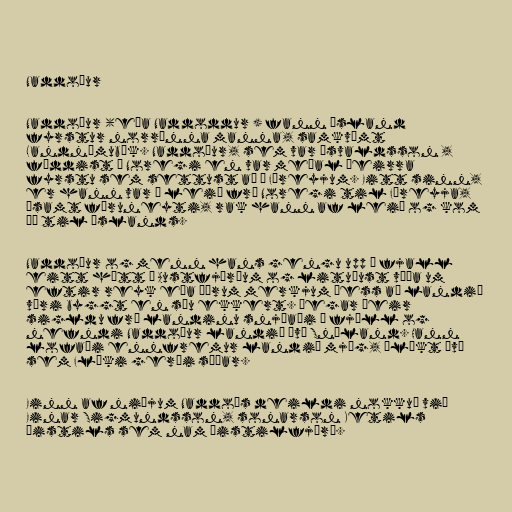
Naddoður

Naddoður (eða Naddoddur ) fann Ísland
fyrstur norrænna manna, samkvæmt
Landnámubók. Naddoður, sem var Ásvaldsson ,
fæddist í Noregi en var meðal þeirra
fyrstu sem settust að í Færeyjum. Eitt sinn,
er hann var á leið frá Noregi til Færeyja,
ásamt föruneyti, rak hann af leið og kom
þá til Íslands.

Naddoður og menn hans gengu upp á fjall
eitt hátt á Austfjörðum og lituðust víða um
eftir reyk eða öðrum merkjum þess að landið
væri byggt en sáu ekkert. Þegar þeir
sigldu frá landinu snjóaði í fjöll og
nefndi Naddoður landið því Snæland. Hann
lofaði ennfremur landið mjög, ólíkt því
sem Flóki gerði síðar.

Einn af niðjum Naddoðs deildi nokkuð við
Einar Sigmundsson, sonarson Ketils
þistils sem nam Þistilfjörð.